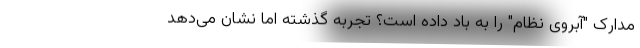
مدارک "آبروی نظام" را به باد داده است؟ تجربه گذشته اما نشان می‌دهد